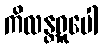
ကိလန္တရူပေါ